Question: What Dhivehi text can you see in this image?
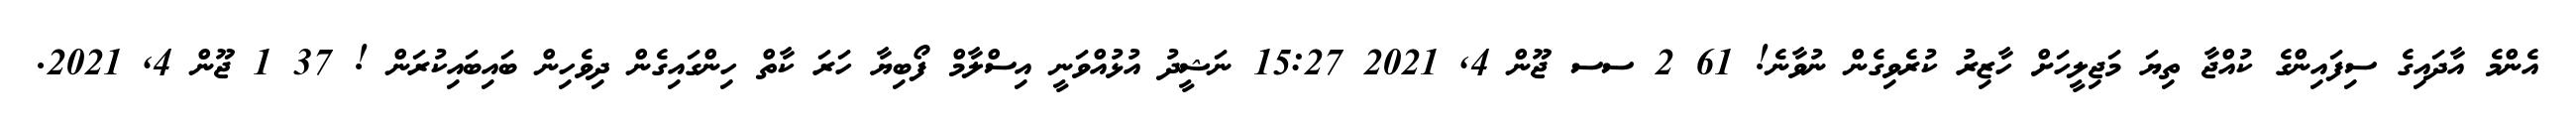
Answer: އެންމެ އާދައިގެ ސިފައިންގެ ކުއްޖާ ތިޔަ މަޖިލީހަށް ހާޒިރު ކުރެވިގެން ނުވާނެ! 61 2 ސސ ޖޫން 4, 2021 15:27 ނަޝީދު އުޅުއްވަނީ އިސްލާމް ފޯބިޔާ ހަރަ ކާތް ހިންގައިގެން ދިވެހިން ބައިބައިކުރަން ! 37 1 ޖޫން 4, 2021.